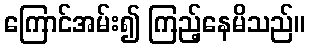
ကြောင်အမ်း၍ ကြည့်နေမိသည်။